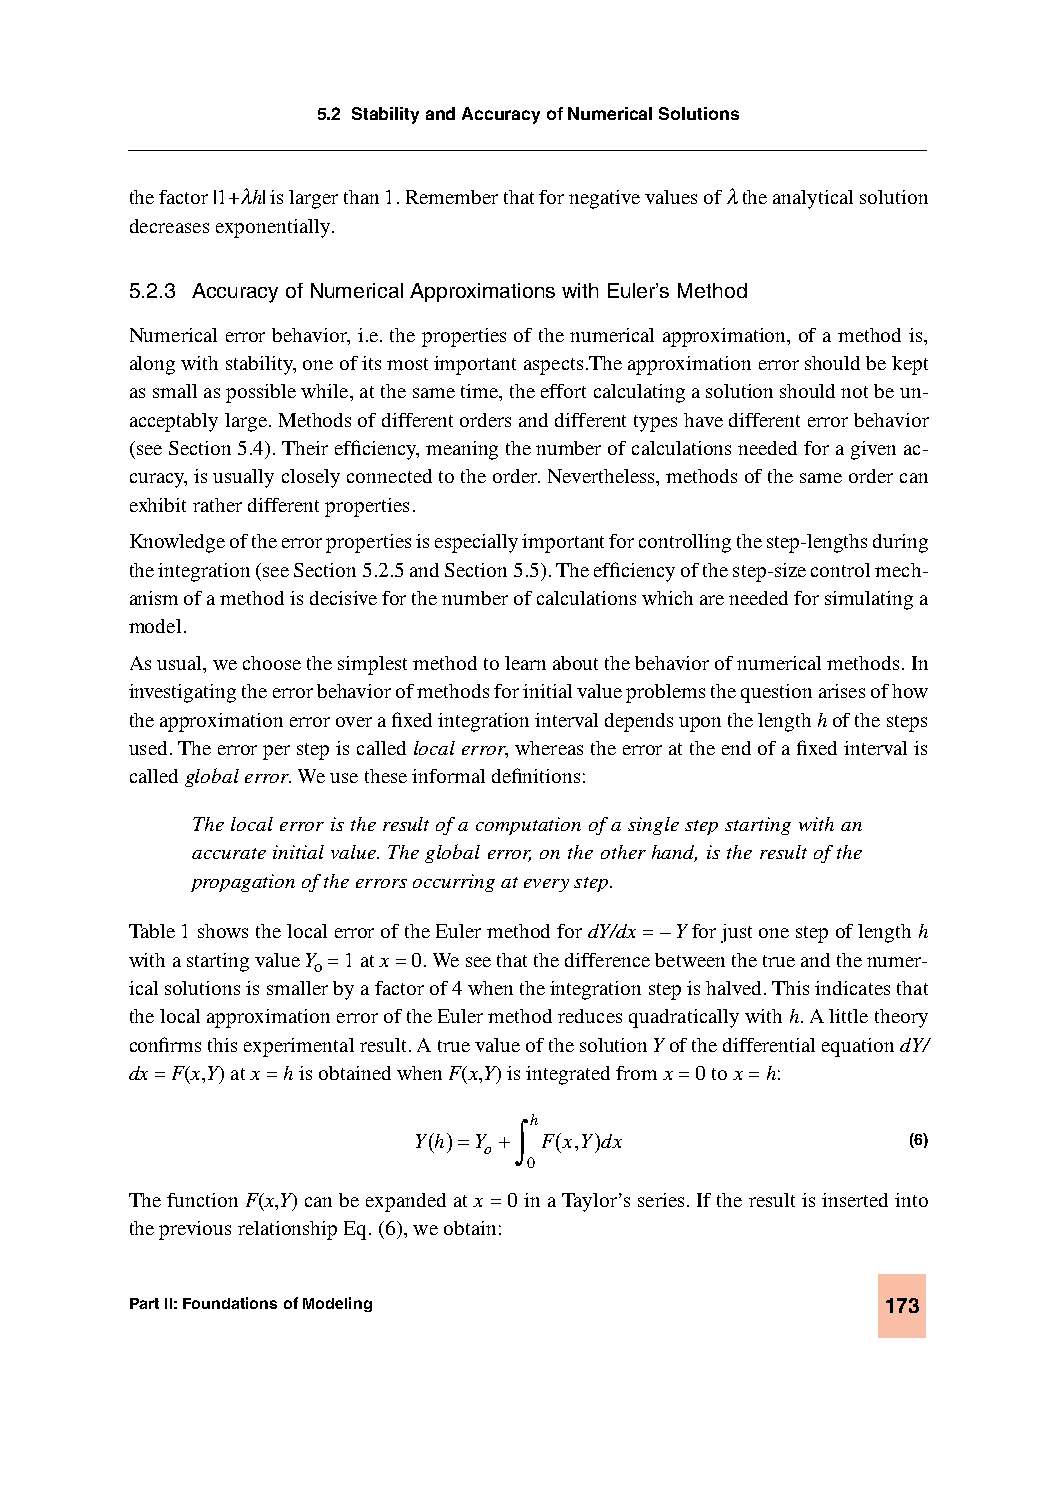
5.2 Stability and Accuracy of Numerical Solutions
 the factor |1+λh| is larger than 1. Remember that for negative values of λ the analytical solution
 decreases exponentially.
 5.2.3 Accuracy of Numerical Approximations with Euler’s Method
 Numerical error behavior, i.e. the properties of the numerical approximation, of a method is,
 along with stability, one of its most important aspects.The approximation error should be kept
 as small as possible while, at the same time, the effort calculating a solution should not be un-
 acceptably large. Methods of different orders and different types have different error behavior
 (see Section 5.4). Their efficiency, meaning the number of calculations needed for a given ac-
 curacy, is usually closely connected to the order. Nevertheless, methods of the same order can
 exhibit rather different properties.
 Knowledge of the error properties is especially important for controlling the step-lengths during
 the integration (see Section 5.2.5 and Section 5.5). The efficiency of the step-size control mech-
 anism of a method is decisive for the number of calculations which are needed for simulating a
 model.
 As usual, we choose the simplest method to learn about the behavior of numerical methods. In
 investigating the error behavior of methods for initial value problems the question arises of how
 the approximation error over a fixed integration interval depends upon the length h of the steps
 used. The error per step is called local error, whereas the error at the end of a fixed interval is
 called global error. We use these informal definitions:
 The local error is the result of a computation of a single step starting with an
 accurate initial value. The global error, on the other hand, is the result of the
 propagation of the errors occurring at every step.
 Table 1 shows the local error of the Euler method for dY/dx = – Y for just one step of length h
 with a starting value Y = 1 at x = 0. We see that the difference between the true and the numer-
 o
 ical solutions is smaller by a factor of 4 when the integration step is halved. This indicates that
 the local approximation error of the Euler method reduces quadratically with h. A little theory
 confirms this experimental result. A true value of the solution Y of the differential equation dY/
 dx = F(x,Y) at x = h is obtained when F(x,Y) is integrated from x = 0 to x = h:
 ∫h
 Y( h)=Y + F( x,Y) dx             (6)
 o
 0
 The function F(x,Y) can be expanded at x = 0 in a Taylor’s series. If the result is inserted into
 the previous relationship Eq. (6), we obtain:
 Part II: Foundations of Modeling                  173